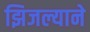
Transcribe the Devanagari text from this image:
झिजल्याने